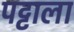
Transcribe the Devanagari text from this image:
पट्टाला